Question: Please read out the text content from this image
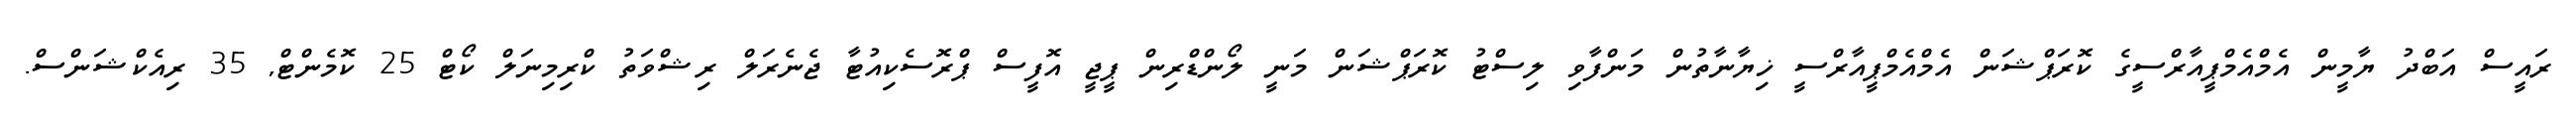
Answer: ރައީސް އަބްދު ޔާމީން އެމްއެމްޕީއާރްސީގެ ކޮރަޕްޝަން އެމްއެމްޕީއާރްސީ ޚިޔާނާތުން މަންފާވި ލިސްޓު ކޮރަޕްޝަން މަނީ ލޯންޑްރިން ޕީޖީ އޮފީސް ޕްރޮސެކިއުޓާ ޖެނެރަލް ރިޝްވަތު ކްރިމިނަލް ކޯޓް 25 ކޮމެންޓް, 35 ރިއެކްޝަންސް.